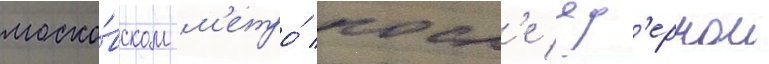
моско́вском м'етро́ посл'е яд'ернои